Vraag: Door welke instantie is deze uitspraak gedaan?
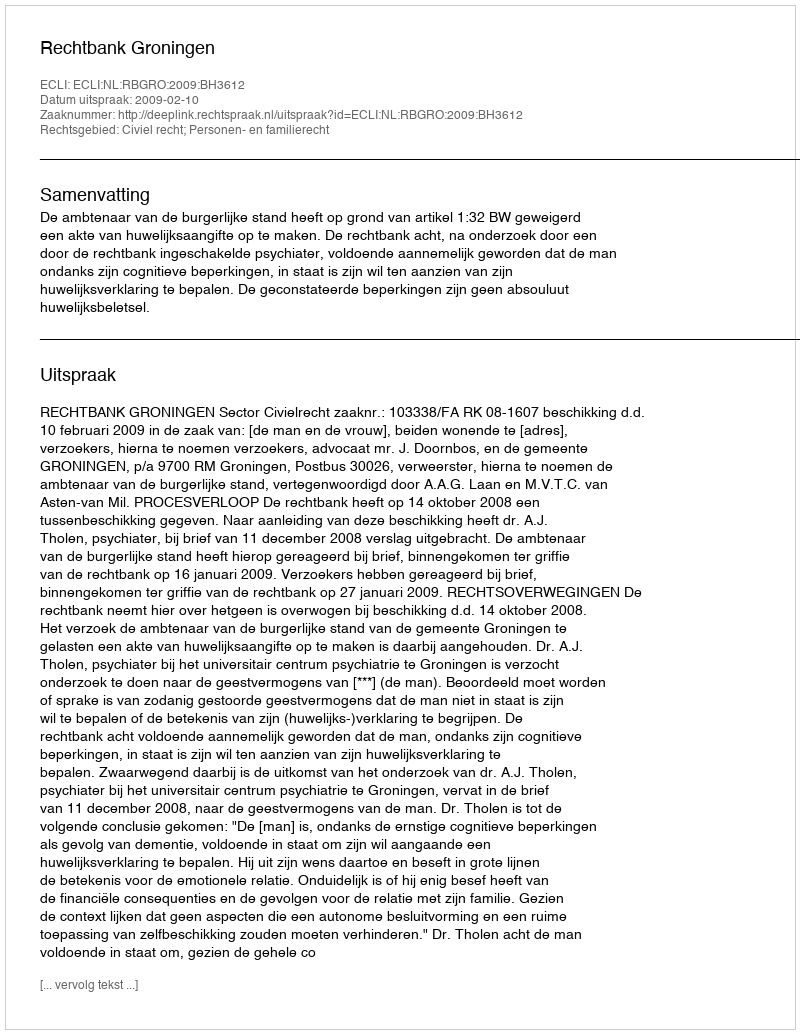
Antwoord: Rechtbank Groningen